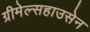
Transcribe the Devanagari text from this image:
ग्रीमेल्सहाउसेन